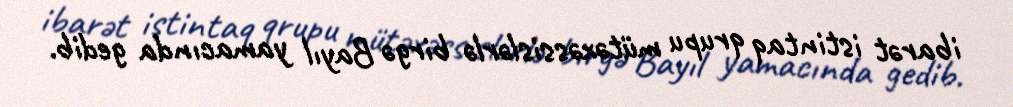
ibarət istintaq qrupu mütəxəssislərlə birgə Bayıl yamacında gedib.